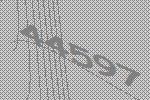
44597